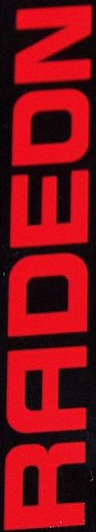
RADEON